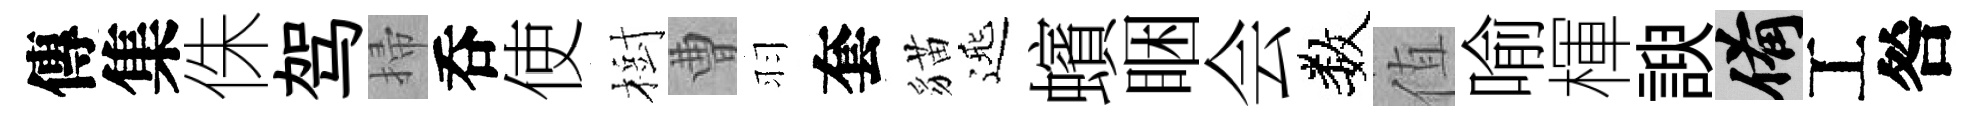
傳集侏驾掃呑使樹曹羽套貓𨓱蠙睏会数值喻楎諛備工咎